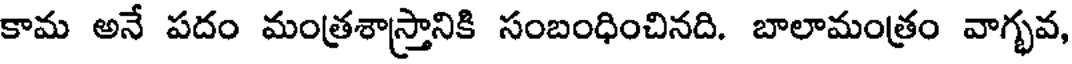
కామ అనే పదం మంత్రశాస్త్రానికి సంబంధించినది. బాలామంత్రం వాగ్భవ,